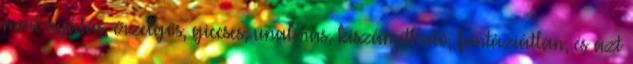
mert nyálas, érzelgős, giccses, unalmas, kiszámítható, fantáziátlan, és azt